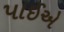
પાઈએ